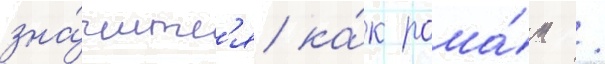
зна́читс'я ка́к рома́н /